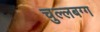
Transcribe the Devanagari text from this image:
चुल्लबग्ग